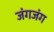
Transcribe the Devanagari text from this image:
जंगजंग